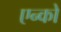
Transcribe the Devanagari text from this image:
एन्को